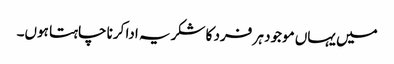
میں یہاں موجود ہر فرد کا شکریہ ادا کرنا چاہتا ہوں۔